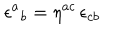
\epsilon ^ { a } { } _ { b } = \eta ^ { a c } \, \epsilon _ { c b }